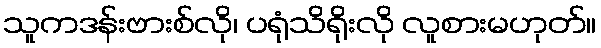
သူကဒန်းဗားစ်လို၊ ပရုံသိရိုးလို လူစားမဟုတ်။